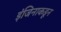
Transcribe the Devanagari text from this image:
इंजिनाकडून